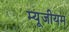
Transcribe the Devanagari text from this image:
म्यूजीयम